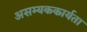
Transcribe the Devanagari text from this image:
असम्यककार्यता